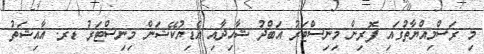
މި ރަސްމިއްޔާތުގައި ފޮރިން މިނިސްޓަރު އަބްދު ޝާހިދާއި އެޑިޔުކޭޝަން މިނިސްޓަރު ޑރ. އާއިޝަތު